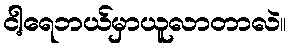
ငါ့ရေဘယ်မှာယူလာတာလဲ။